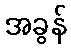
အခွန်